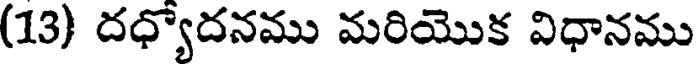
(13) దధ్యోదనము మరియొక విధానము